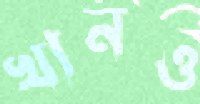
খানও